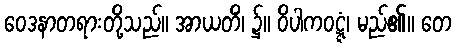
ဝေဒနာတရားတို့သည်။ အာယတိံ၊ ၌။ ဝိပါကဝဋ္ဋံ၊ မည်၏။ တေ